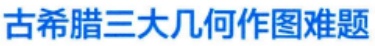
古希腊三大几何作图难题